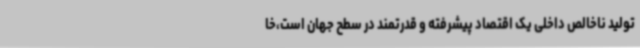
تولید ناخالص داخلی یک اقتصاد پیشرفته و قدرتمند در سطح جهان است،خا